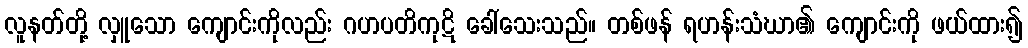
လူနတ်တို့ လှူသော ကျောင်းကိုလည်း ဂဟပတိကုဋိ ခေါ်သေးသည်။ တစ်ဖန် ရဟန်းသံဃာ၏ ကျောင်းကို ဖယ်ထား၍